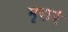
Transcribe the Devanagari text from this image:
मृदाएं